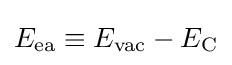
E_{\rm {ea}}\equiv E_{\rm {vac}}-E_{\rm {C}}